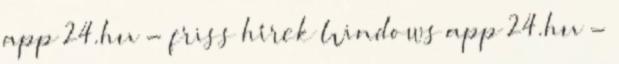
app 24.hu - friss hírek Windows app 24.hu -